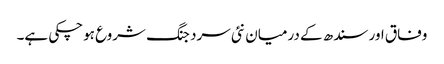
وفاق اور سندھ کے درمیان نئی سرد جنگ شروع ہوچکی ہے۔